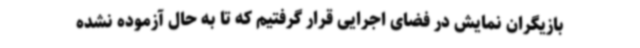
بازیگران نمایش در فضای اجرایی قرار گرفتیم که تا به حال آزموده نشده